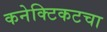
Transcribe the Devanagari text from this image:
कनेक्टिकटचा